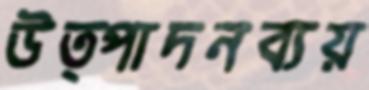
উত্পাদনব্যয়